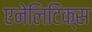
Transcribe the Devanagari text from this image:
एनेलिटिक्स